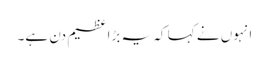
انہوں نے کہا کہ یہ بڑا عظیم دن ہے۔